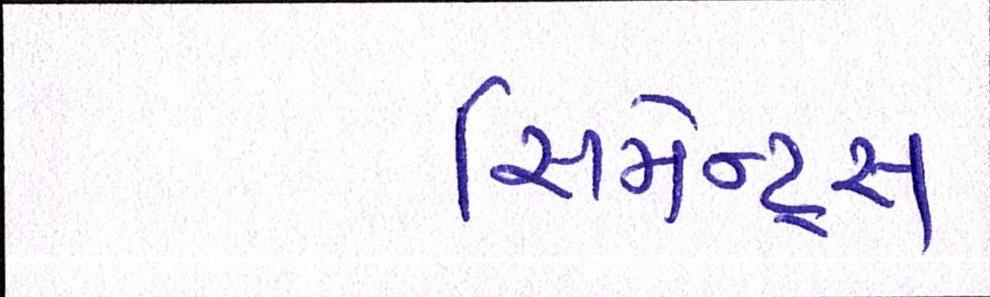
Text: સિમેન્ટ્સ